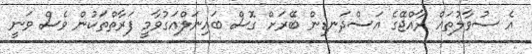
އެ ސުވާލުތައް ރާއްޖޭގެ އަސްދަނޑިން ބޭރަށް ގޮސް ބައިނަލްއަގުވާމީ ފަރާތްތަކުން ވެސް ވަނީ